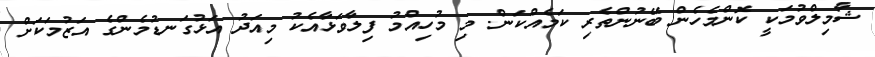
ޝާމިލްވުމަކީ ކޮންމެހެން ބޭނުންތެރި ކަމެއްކަން. މި މުހިއްމު ފިލާވަޅާއެކު މިއަދު އަޅުގަނޑުމެންގެ އަޒުމަކަށް